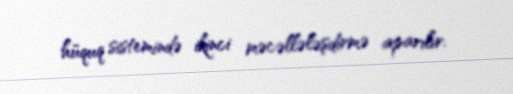
hüquq sistemində ikinci məcəllələşdirmə aparılır.